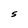
Character: S